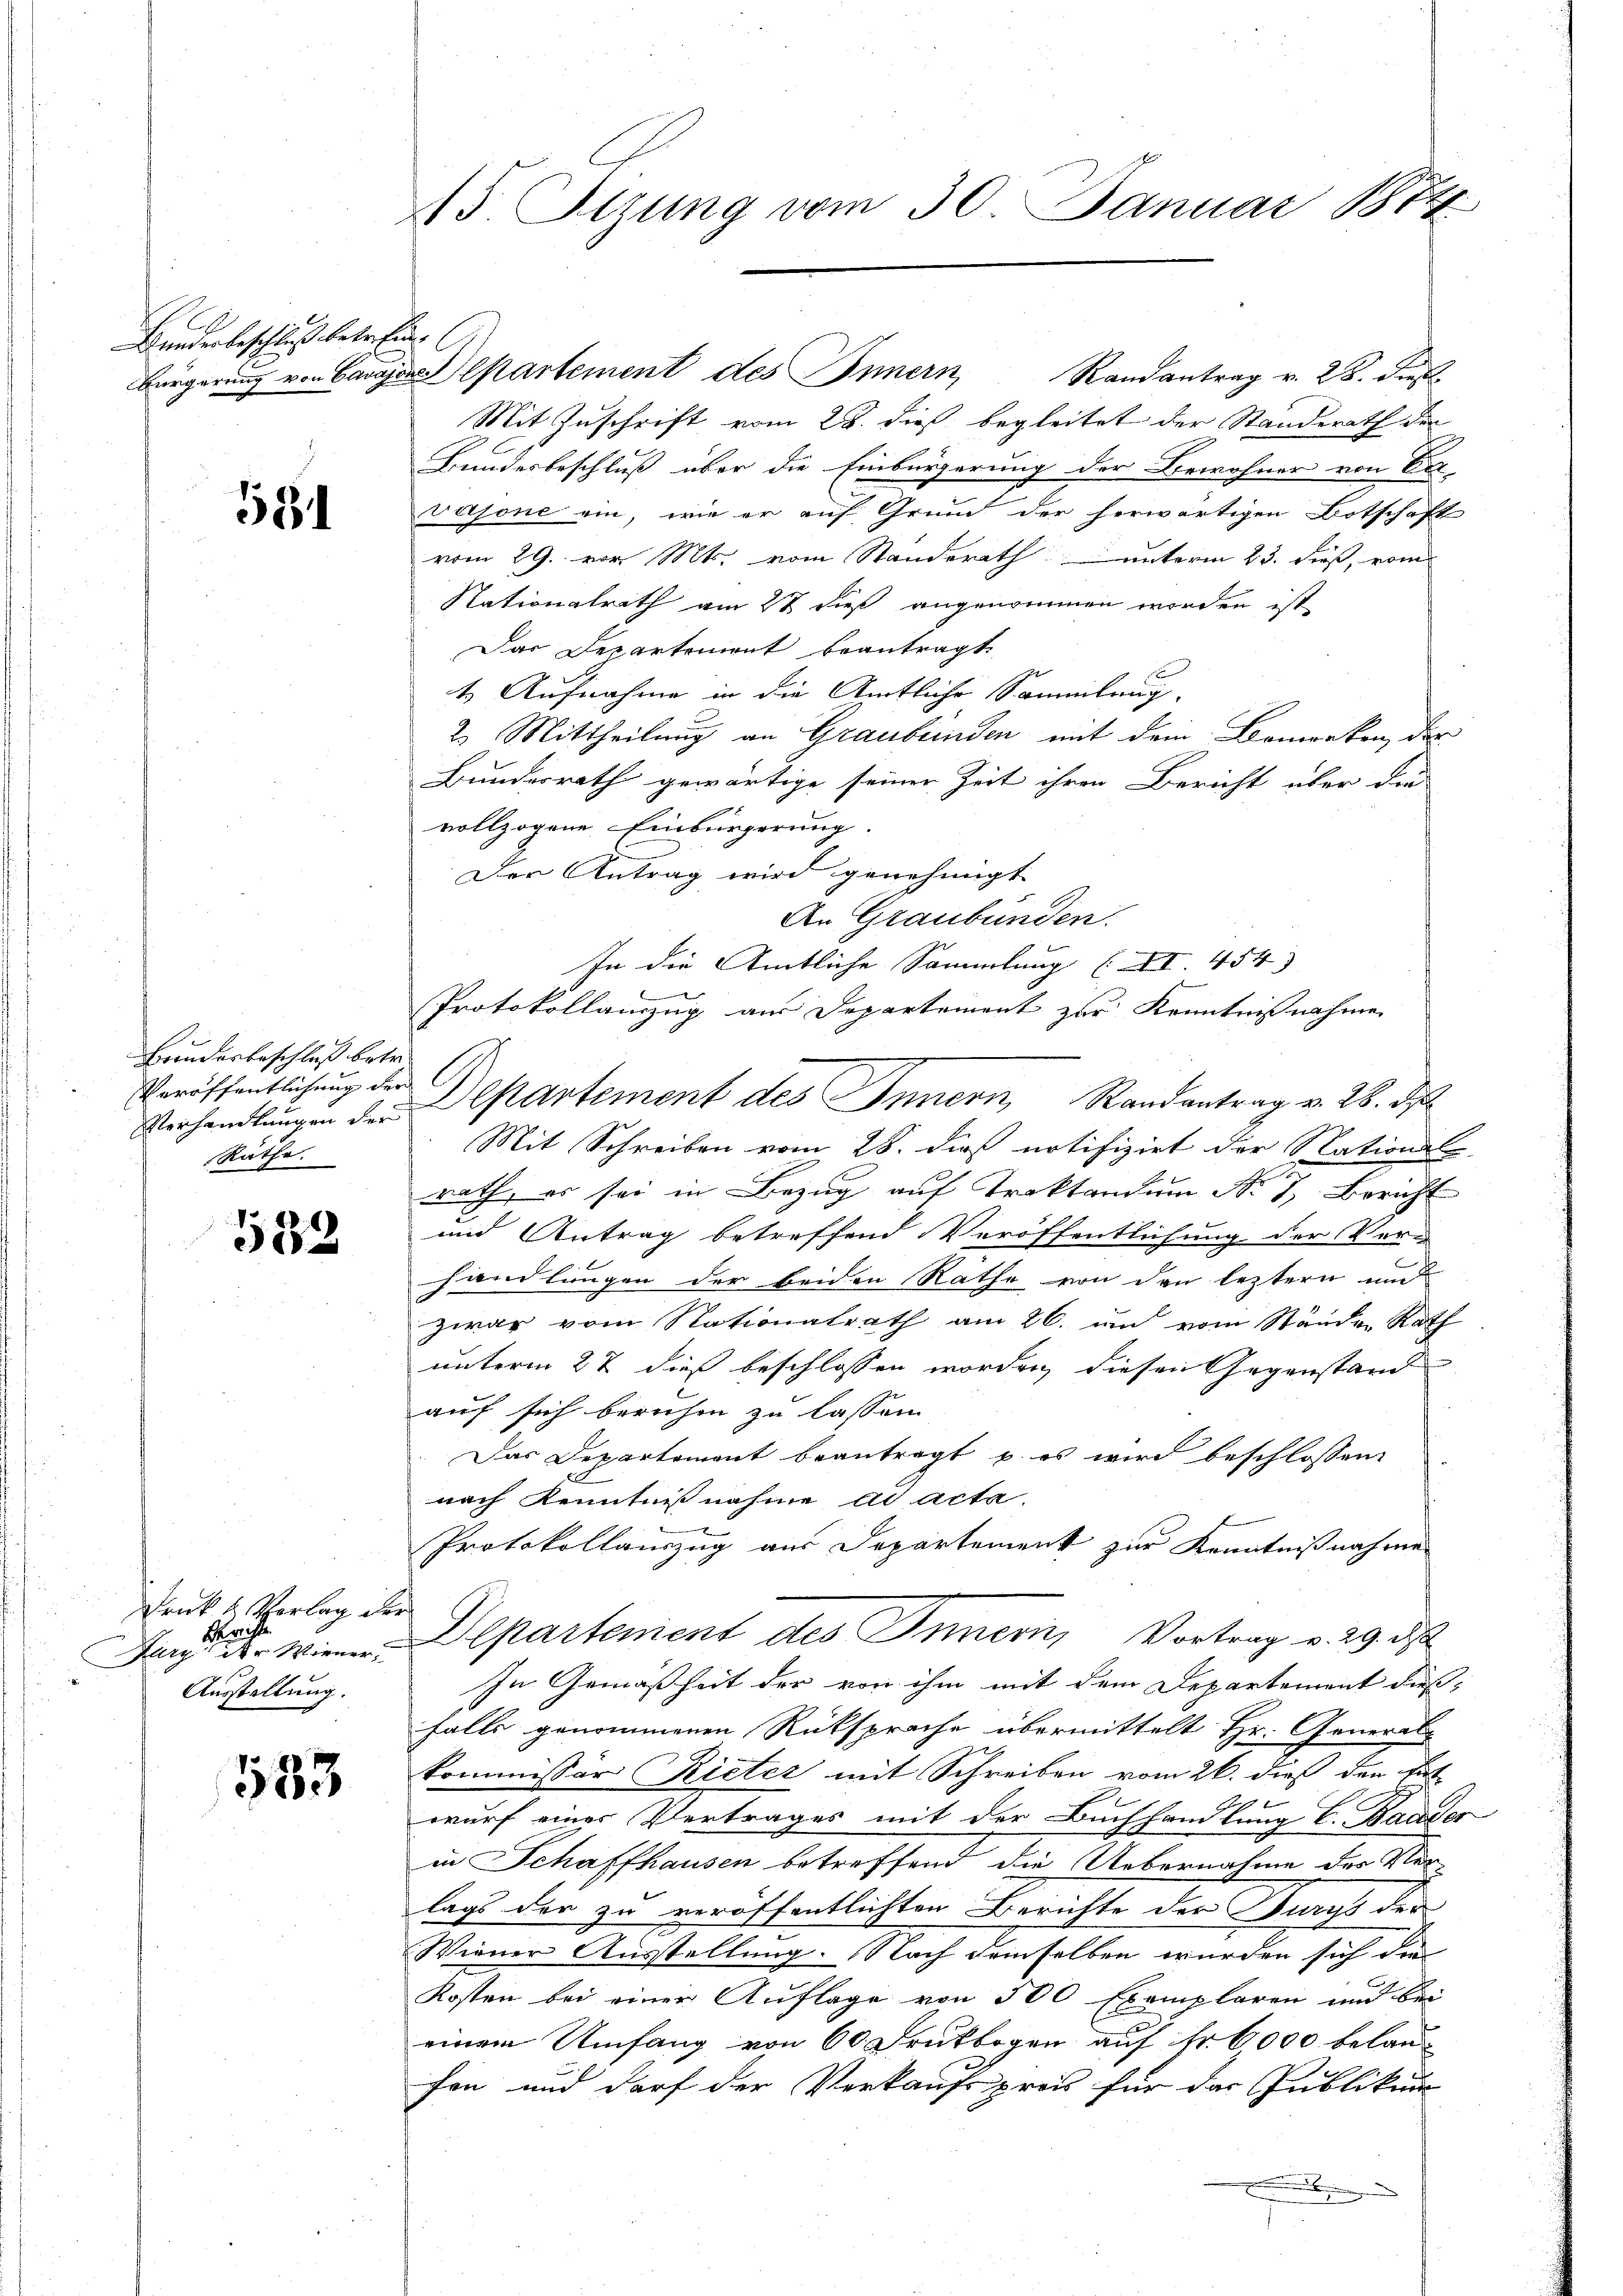
Bunderbeschluß betreffen.

581

Bundesbeschluß betr.
Veröffentlichung der
Räthe.

532

Frk. 2. Vorlag der
Berichte
Burg in der Wiener.
Ausstellung.

583

15 Stzung vom 30. Januar 1874.

Bürgerung von Caves partement des Innern Randantrag v. 28. dies
Mit Zuschrift vom 28. dieß begleitet der Standerath der
Bundesbeschluß über die Einbürgerung der Bewohner von Ein-
vajone ein, wie er auf Grund der herwärtigen Botschaft
vom 29. vor. Mts. vom Standerathunterm 23. dieß, vom
Nationalrath am 2t dieß angenommen worden ist
Das Departement beantragt
t. Aufnahme in die Amtliche Sammlung.
2. Mittheilung an Graubünden mit dem Bemerken, der
Bundesrath gewärtige seiner Zeit ihren Bericht über die
vollzogene Einbürgerung.
Der Antrag wird genehmigt
An Graubünden.
In die Amtliche Sammlung (XI. 454
.
Protokollauszug aus Departement zur Kenntnißnahme
Mit Schreiben vom 28. dieß notifizirt der Stationst
rath, es sei in Bezug auf Traktandum Nr. 7, Bericht
und Antrag betreffend Veröffentlichung der Ver-
handlungen der beiden Rathe von den leztern und
zwar vom Nationalrath am 26. im vom Ständen Rath
unterm 27 dieß beschlossen worden, diesen Gegenstand
auf sich beruhen zu lassen.
Das Departement beantragt u. es wird beschlossen:
nach Kenntnißnahme ad acta.
Protokollauszug aus Departement zur Kenntnißnahme
Departement des Innern, Vortrag v. 29. ds
In Gemäßheit der von ihm mit dem Departement dieß,
falls genommenen Rüksprache übermittelt Hr. General-
kommissor Rieter mit Schreiben vom 26. dieß den tut
wurf einer Vertrages mit der Buchhandlung l. Bauder
in Schaffhausen betreffend die Uebernahme des Verlags der zu veröffentlichten Berichte der Burgs der
Wiener Ausstellung. Nach demselben wurden sich die
Kosten bei einer Auflage von 500 Exemplaren und bei
einem Umfang von 60 Druckbogen auf Fr. 6000 belauchen und darf der Verkaufspreis für das Publikum

Verhandlungen der Departement des Innern, Randantrag v. 28. d